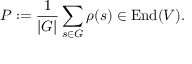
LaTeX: P : = { \frac { 1 } { | G | } } \sum _ { s \in G } \rho ( s ) \in { \mathrm { E n d } } ( V ) .